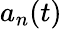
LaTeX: a_{n}(t)